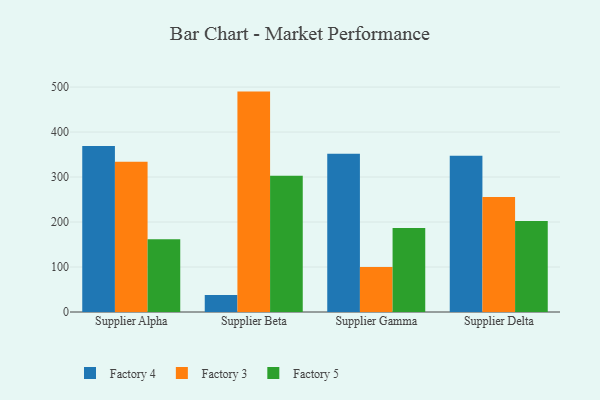
{"axis": {"x": "Supplier", "y": "Backlog"}, "legend": ["Factory 3", "Factory 4", "Factory 5"], "data": [{"x": "Supplier Alpha", "y": 369.2, "type": "Factory 4"}, {"x": "Supplier Alpha", "y": 333.7, "type": "Factory 3"}, {"x": "Supplier Alpha", "y": 161.9, "type": "Factory 5"}, {"x": "Supplier Beta", "y": 38.0, "type": "Factory 4"}, {"x": "Supplier Beta", "y": 489.9, "type": "Factory 3"}, {"x": "Supplier Beta", "y": 302.6, "type": "Factory 5"}, {"x": "Supplier Gamma", "y": 351.5, "type": "Factory 4"}, {"x": "Supplier Gamma", "y": 100.0, "type": "Factory 3"}, {"x": "Supplier Gamma", "y": 186.8, "type": "Factory 5"}, {"x": "Supplier Delta", "y": 347.3, "type": "Factory 4"}, {"x": "Supplier Delta", "y": 255.7, "type": "Factory 3"}, {"x": "Supplier Delta", "y": 202.4, "type": "Factory 5"}]}